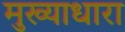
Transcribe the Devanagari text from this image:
मुख्याधारा